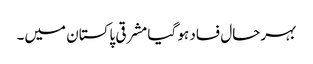
بہرحال فساد ہو گیا مشرقی پاکستان میں۔